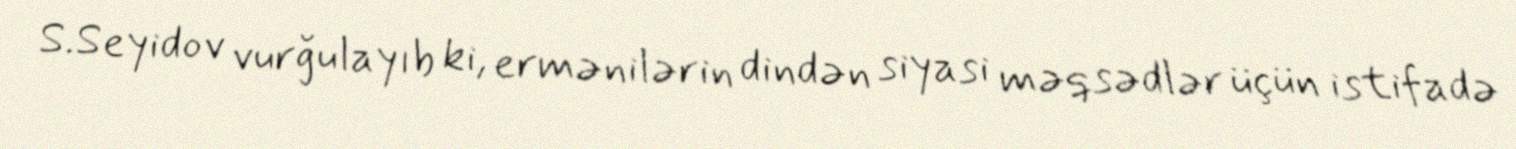
S.Seyidov vurğulayıb ki, ermənilərin dindən siyasi məqsədlər üçün istifadə